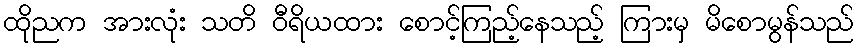
ထိုညက အားလုံး သတိ ဝီရိယထား စောင့်ကြည့်နေသည့် ကြားမှ မိစောမွန်သည်